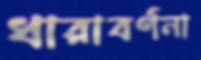
ধারাবর্ণনা